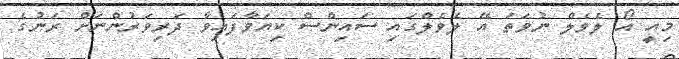
މިއީ އޯ ލެވެލް ނުވަތަ އޭ ލެވެލްގައި ސައިންސް ކިޔަވާފައިވާ ދަރިވަރުންނަށް ރަނުގެ